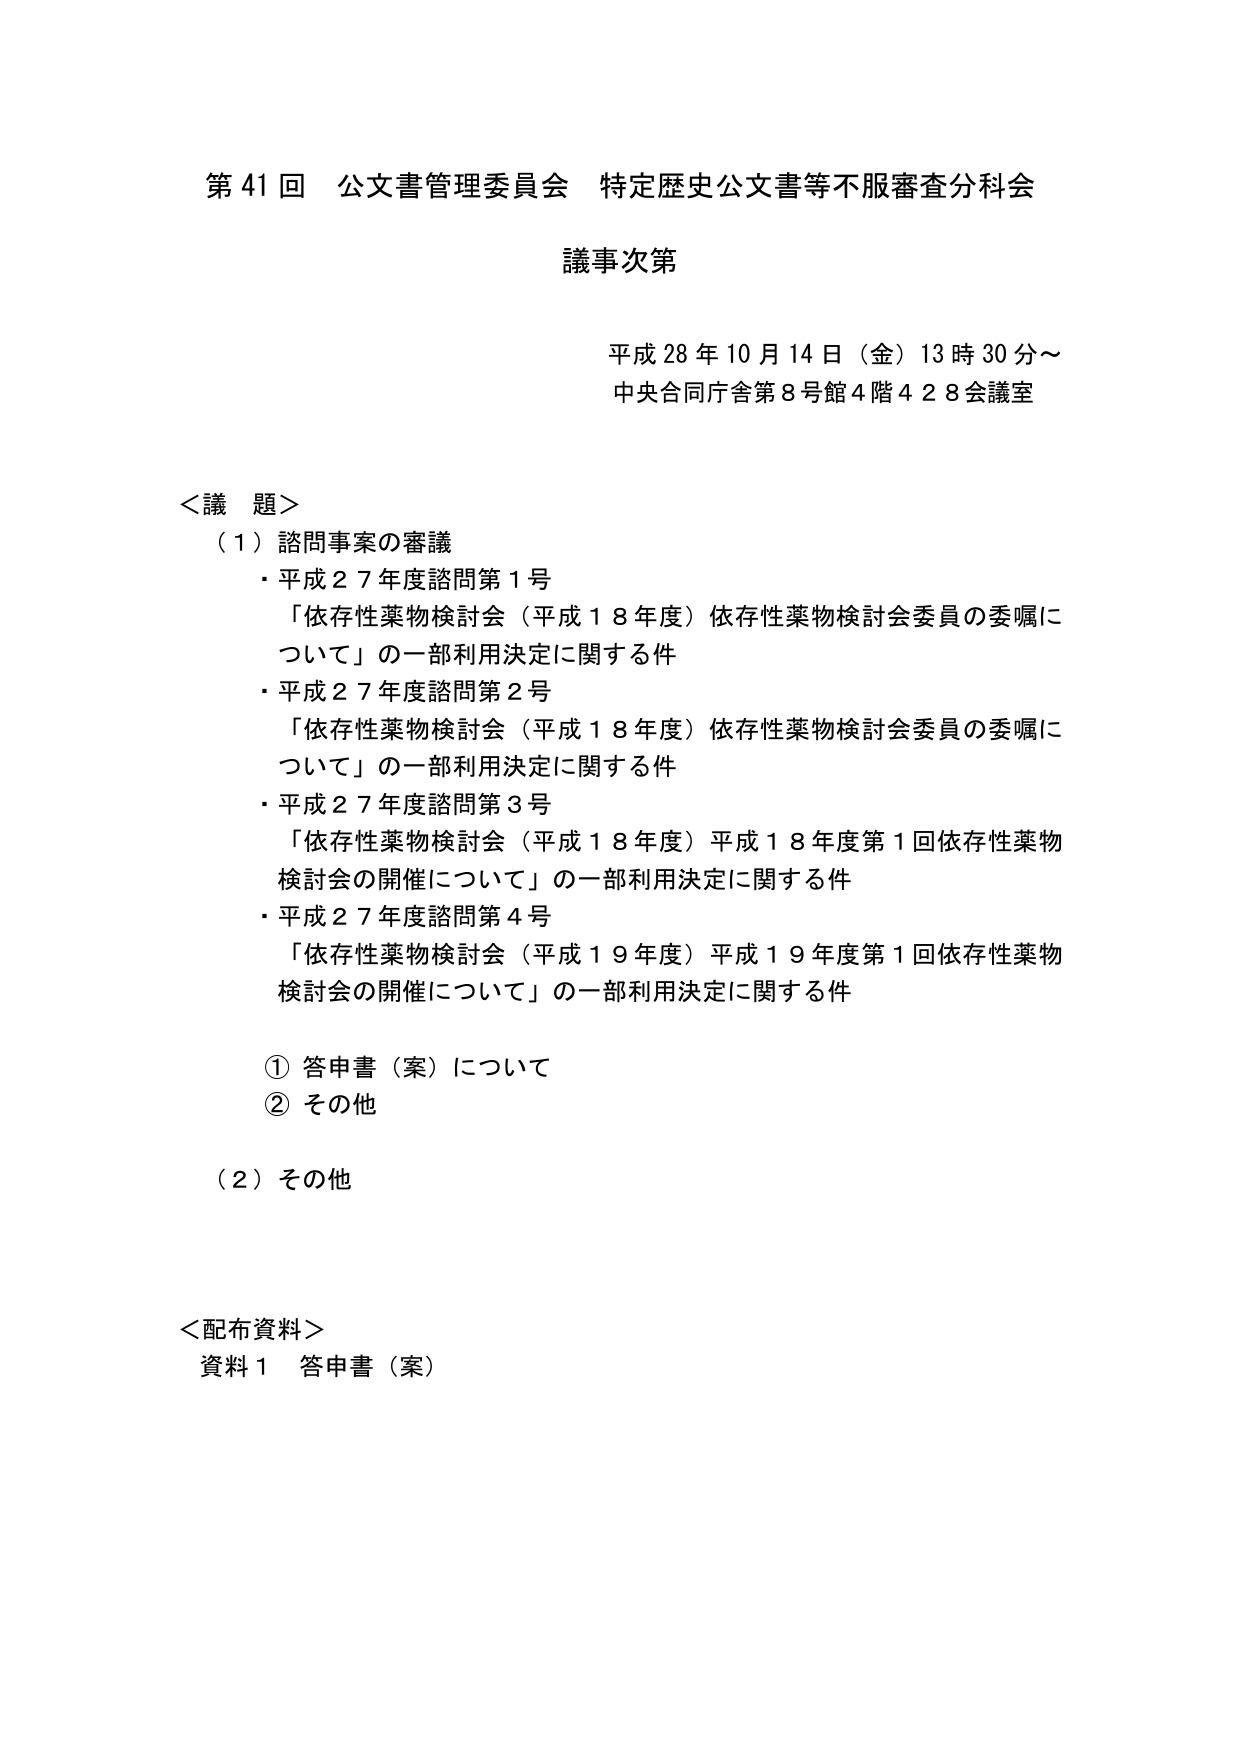
第41回 公文書管理委員会 特定歴史公文書等不服審査分科会

議事次第

平成28年10月14日（金）13時30分～
中央合同庁舎第8号館4階428会議室

＜議題＞
（1）諮問事案の審議
・平成27年度諮問第1号
「依存性薬物検討会（平成18年度）依存性薬物検討会委員の委嘱について」の一部利用決定に関する件
・平成27年度諮問第2号
「依存性薬物検討会（平成18年度）依存性薬物検討会委員の委嘱について」の一部利用決定に関する件
・平成27年度諮問第3号
「依存性薬物検討会（平成18年度）平成18年度第1回依存性薬物検討会の開催について」の一部利用決定に関する件
・平成27年度諮問第4号
「依存性薬物検討会（平成19年度）平成19年度第1回依存性薬物検討会の開催について」の一部利用決定に関する件

① 答申書（案）について
② その他

（2）その他

＜配布資料＞
資料1 答申書（案）